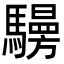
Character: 𩦧